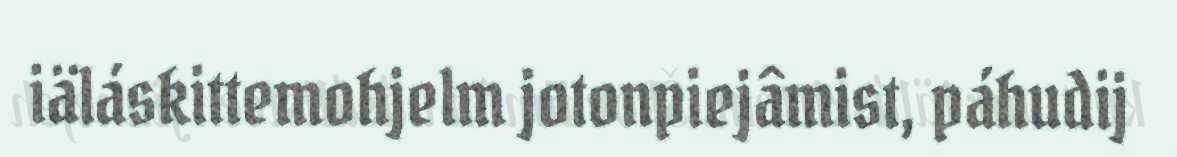
iäláskittemohjelm jotonpiejâmist, páhudij